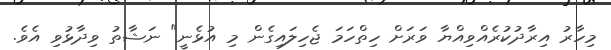
މިހާރު އިރާދުކުރެއްވިއްޔާ ވަރަށް ހިތްހަމަ ޖެހިލައިގެން މި އުޅެނީ" ނަޝާތު ވިދާޅުވި އެވެ.